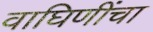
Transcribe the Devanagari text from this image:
वाघिणींचा